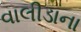
વાલીડાના